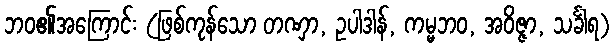
ဘဝ၏အကြောင်း (ဖြစ်ကုန်သော တဏှာ, ဥပါဒါန်, ကမ္မဘဝ, အဝိဇ္ဇာ, သင်္ခါရ)